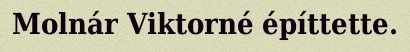
Molnár Viktorné építtette.